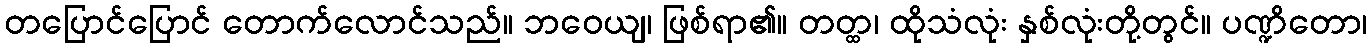
တပြောင်ပြောင် တောက်လောင်သည်။ ဘဝေယျ၊ ဖြစ်ရာ၏။ တတ္ထ၊ ထိုသံလုံး နှစ်လုံးတို့တွင်။ ပဏ္ဍိတော၊